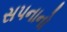
સપનાનો